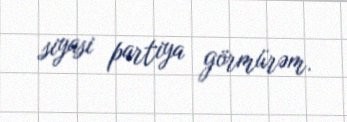
siyasi partiya görmürəm.